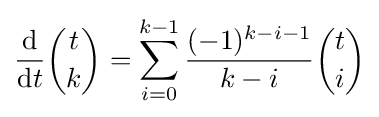
{\frac {\mathrm {d} }{\mathrm {d} t}}{\binom {t}{k}}=\sum _{i=0}^{k-1}{\frac {(-1)^{k-i-1}}{k-i}}{\binom {t}{i}}